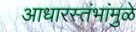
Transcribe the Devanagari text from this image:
आधारस्तंभांमुळे